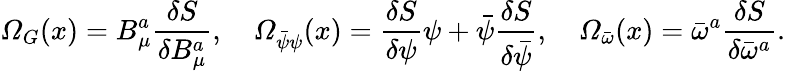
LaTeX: {\mit\Omega}_{G}(x)=B_{\mu}^{a}\frac{\delta S}{\delta B_{\mu}^{a}},\quad{\mit\Omega}_{\bar{\psi}\psi}(x)=\frac{\delta S}{\delta\psi}\psi+\bar{\psi}\frac{\delta S}{\delta\bar{\psi}},\quad{\mit\Omega}_{\bar{\omega}}(x)=\bar{\omega}^{a}\frac{\delta S}{\delta\bar{\omega}^{a}}.